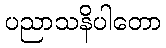
ပညာသနိပါတော